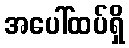
အပေါ်ထပ်ရှိ